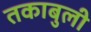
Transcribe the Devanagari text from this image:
तकाबुली